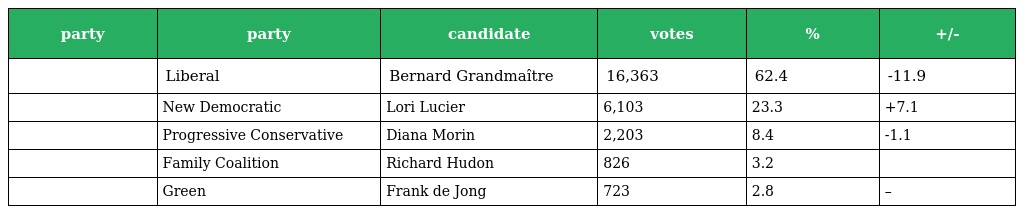
| party | party | candidate | votes | % | +/- |
 | --- | --- | --- | --- | --- | --- |
 |  | Liberal | Bernard Grandmaître | 16,363 | 62.4 | -11.9 |
 |  | New Democratic | Lori Lucier | 6,103 | 23.3 | +7.1 |
 |  | Progressive Conservative | Diana Morin | 2,203 | 8.4 | -1.1 |
 |  | Family Coalition | Richard Hudon | 826 | 3.2 |  |
 |  | Green | Frank de Jong | 723 | 2.8 | – |